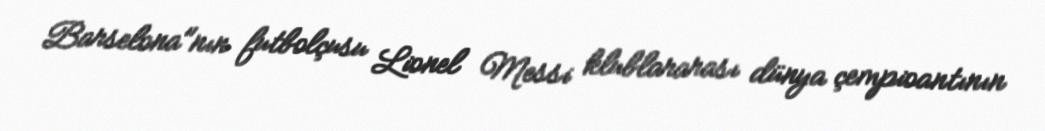
Barselona"nın futbolçusu Lionel Messi klublararası dünya çempioantının